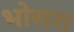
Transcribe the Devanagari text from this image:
भोसरा